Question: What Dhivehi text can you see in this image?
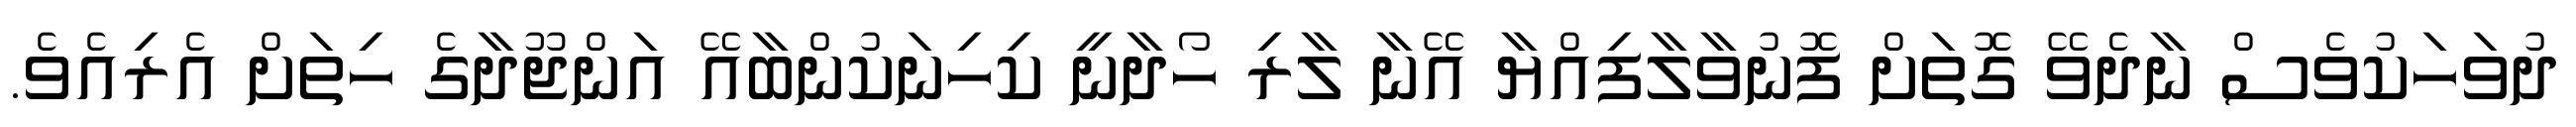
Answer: ދުވަހަކުވެސް ނާދެވޭ ގޮތަށް ފޮނުވާލާފިއްޔާ އޭނާ ލާރި ހޯދާނީ ކިހިނަކުންބާއޭ އަންޖޫދާގެ ހިތަށް އެރިއެވެ.